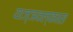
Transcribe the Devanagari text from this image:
याज्ञवल्कास